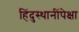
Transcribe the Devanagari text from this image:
हिंदुस्थानींपेक्षा